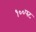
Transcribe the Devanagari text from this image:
१००पट